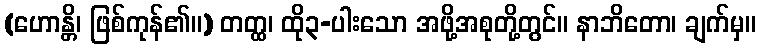
(ဟောန္တိ၊ ဖြစ်ကုန်၏။) တတ္ထ၊ ထို၃-ပါးသော အဖို့အစုတို့တွင်။ နာဘိတော၊ ချက်မှ။